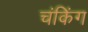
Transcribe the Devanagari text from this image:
चंकिंग